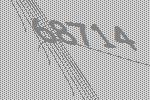
68714